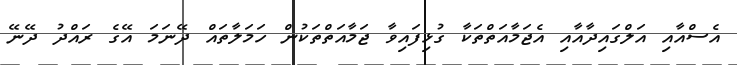
އެސްއާއި އަލްގައިދާއާއި އެޖަމާއަތްތަކާ ގުޅިފައިވާ ޖަމާއަތްތަކުން ހަމަލާތައް ދޭނަމަ އޭގެ ރައްދު ދޭނޭ